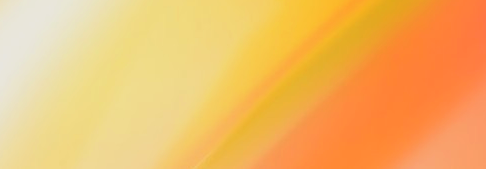
كوفي الخليج